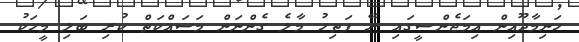
ހަނިމާދޫއިން އިމަޖެންސީގައި ރޭ ފަތިހު މާލެ ގެންނަން މަސައްކަތް ކުރި ބަލި މީހަކު